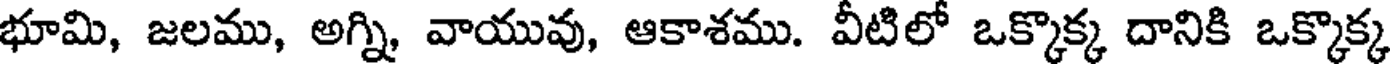
భూమి, జలము, అగ్ని, వాయువు, ఆకాశము. వీటిలో ఒక్కొక్క దానికి ఒక్కొక్క